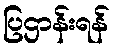
ပြဌာန်းရန်